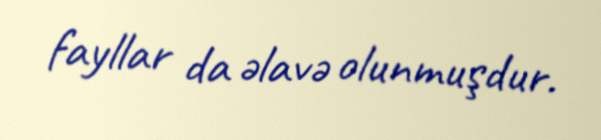
fayllar da əlavə olunmuşdur.